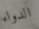
الدواء